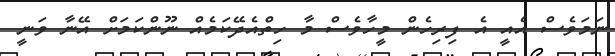
ނަމަވެސް އެއީ އެ ފިިރިހެން މީހާވެސް މާ ހިތްއެދޭކަމެއް ނޫންކަމަށް އޭނާ ވަނީ